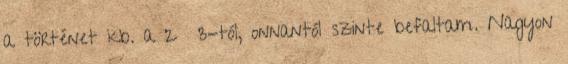
a történet kb. a 2 3-tól, onnantól szinte befaltam. Nagyon